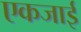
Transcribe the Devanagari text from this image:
एकजाई